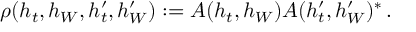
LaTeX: \rho ( h _ { t } , h _ { W } , h _ { t } ^ { \prime } , h _ { W } ^ { \prime } ) : = A ( h _ { t } , h _ { W } ) A ( h _ { t } ^ { \prime } , h _ { W } ^ { \prime } ) ^ { \ast } \, .